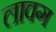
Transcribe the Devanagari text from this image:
लावग